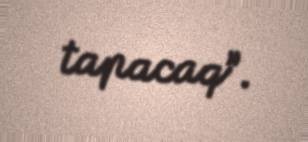
tapacaq”.